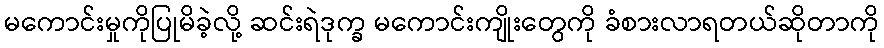
မကောင်းမှုကိုပြုမိခဲ့လို့ ဆင်းရဲဒုက္ခ မကောင်းကျိုးတွေကို ခံစားလာရတယ်ဆိုတာကို